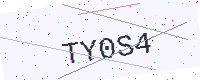
Text: TY0S4